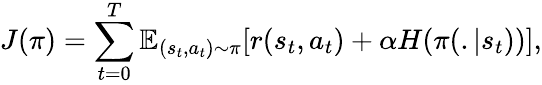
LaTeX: J(\pi)=\sum_{t=0}^{T}\mathbb{E}_{(s_{t},a_{t})\sim\pi}{[r(s_{t},a_{t})+\alpha H(\pi(.|s_{t}))]},